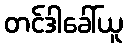
တင်ဒါခေါ်ယူ